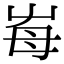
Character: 𡴋